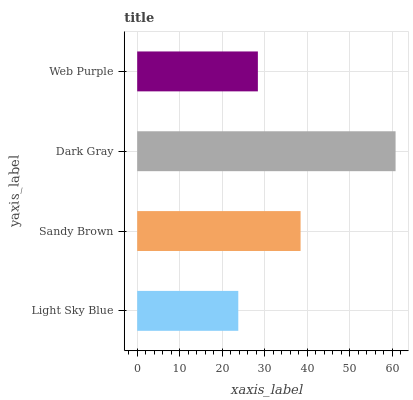
| yaxis_label | bars |
 | --- | --- |
 | Light Sky Blue | 23.8 |
 | Sandy Brown | 38.4 |
 | Dark Gray | 60.8 |
 | Web Purple | 28.4 |